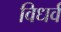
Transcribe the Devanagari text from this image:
विधर्व